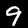
Label: 9